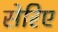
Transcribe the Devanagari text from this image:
सेरिए